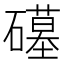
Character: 𮁒